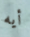
أيه